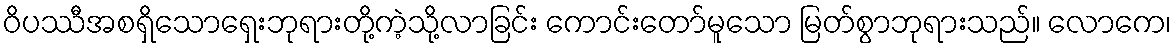
ဝိပဿီအစရှိသောရှေးဘုရားတို့ကဲ့သို့လာခြင်း ကောင်းတော်မူသော မြတ်စွာဘုရားသည်။ လောကေ၊